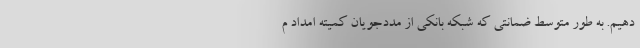
دهیم. به طور متوسط ضمانتی که شبکه بانکی از مددجویان کمیته امداد م